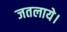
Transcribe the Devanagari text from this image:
जतलाये।